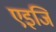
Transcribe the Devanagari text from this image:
एइजि